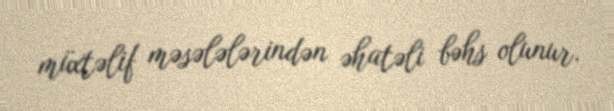
müxtəlif məsələlərindən əhatəli bəhs olunur.